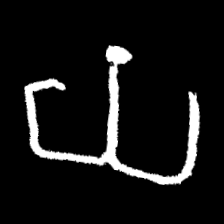
Pyu character \u2014 Myanmar letter: ယ (romanized: ya)